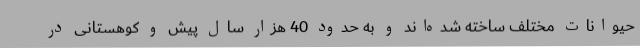
حیوانات مختلف ساخته شده‌اند و به حدود 40 هزار سال پیش و کوهستانی در